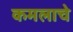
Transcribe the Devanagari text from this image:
कमलाचे